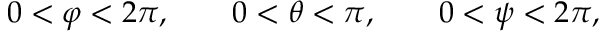
\begin{array} { r } { 0 < \varphi < 2 \pi , \qquad 0 < \theta < \pi , \qquad 0 < \psi < 2 \pi , } \end{array}